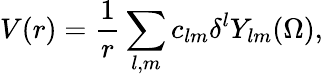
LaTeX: V(r)=\frac{1}{r}\sum_{l,m}c_{lm}\delta^{l}Y_{lm}(\Omega),